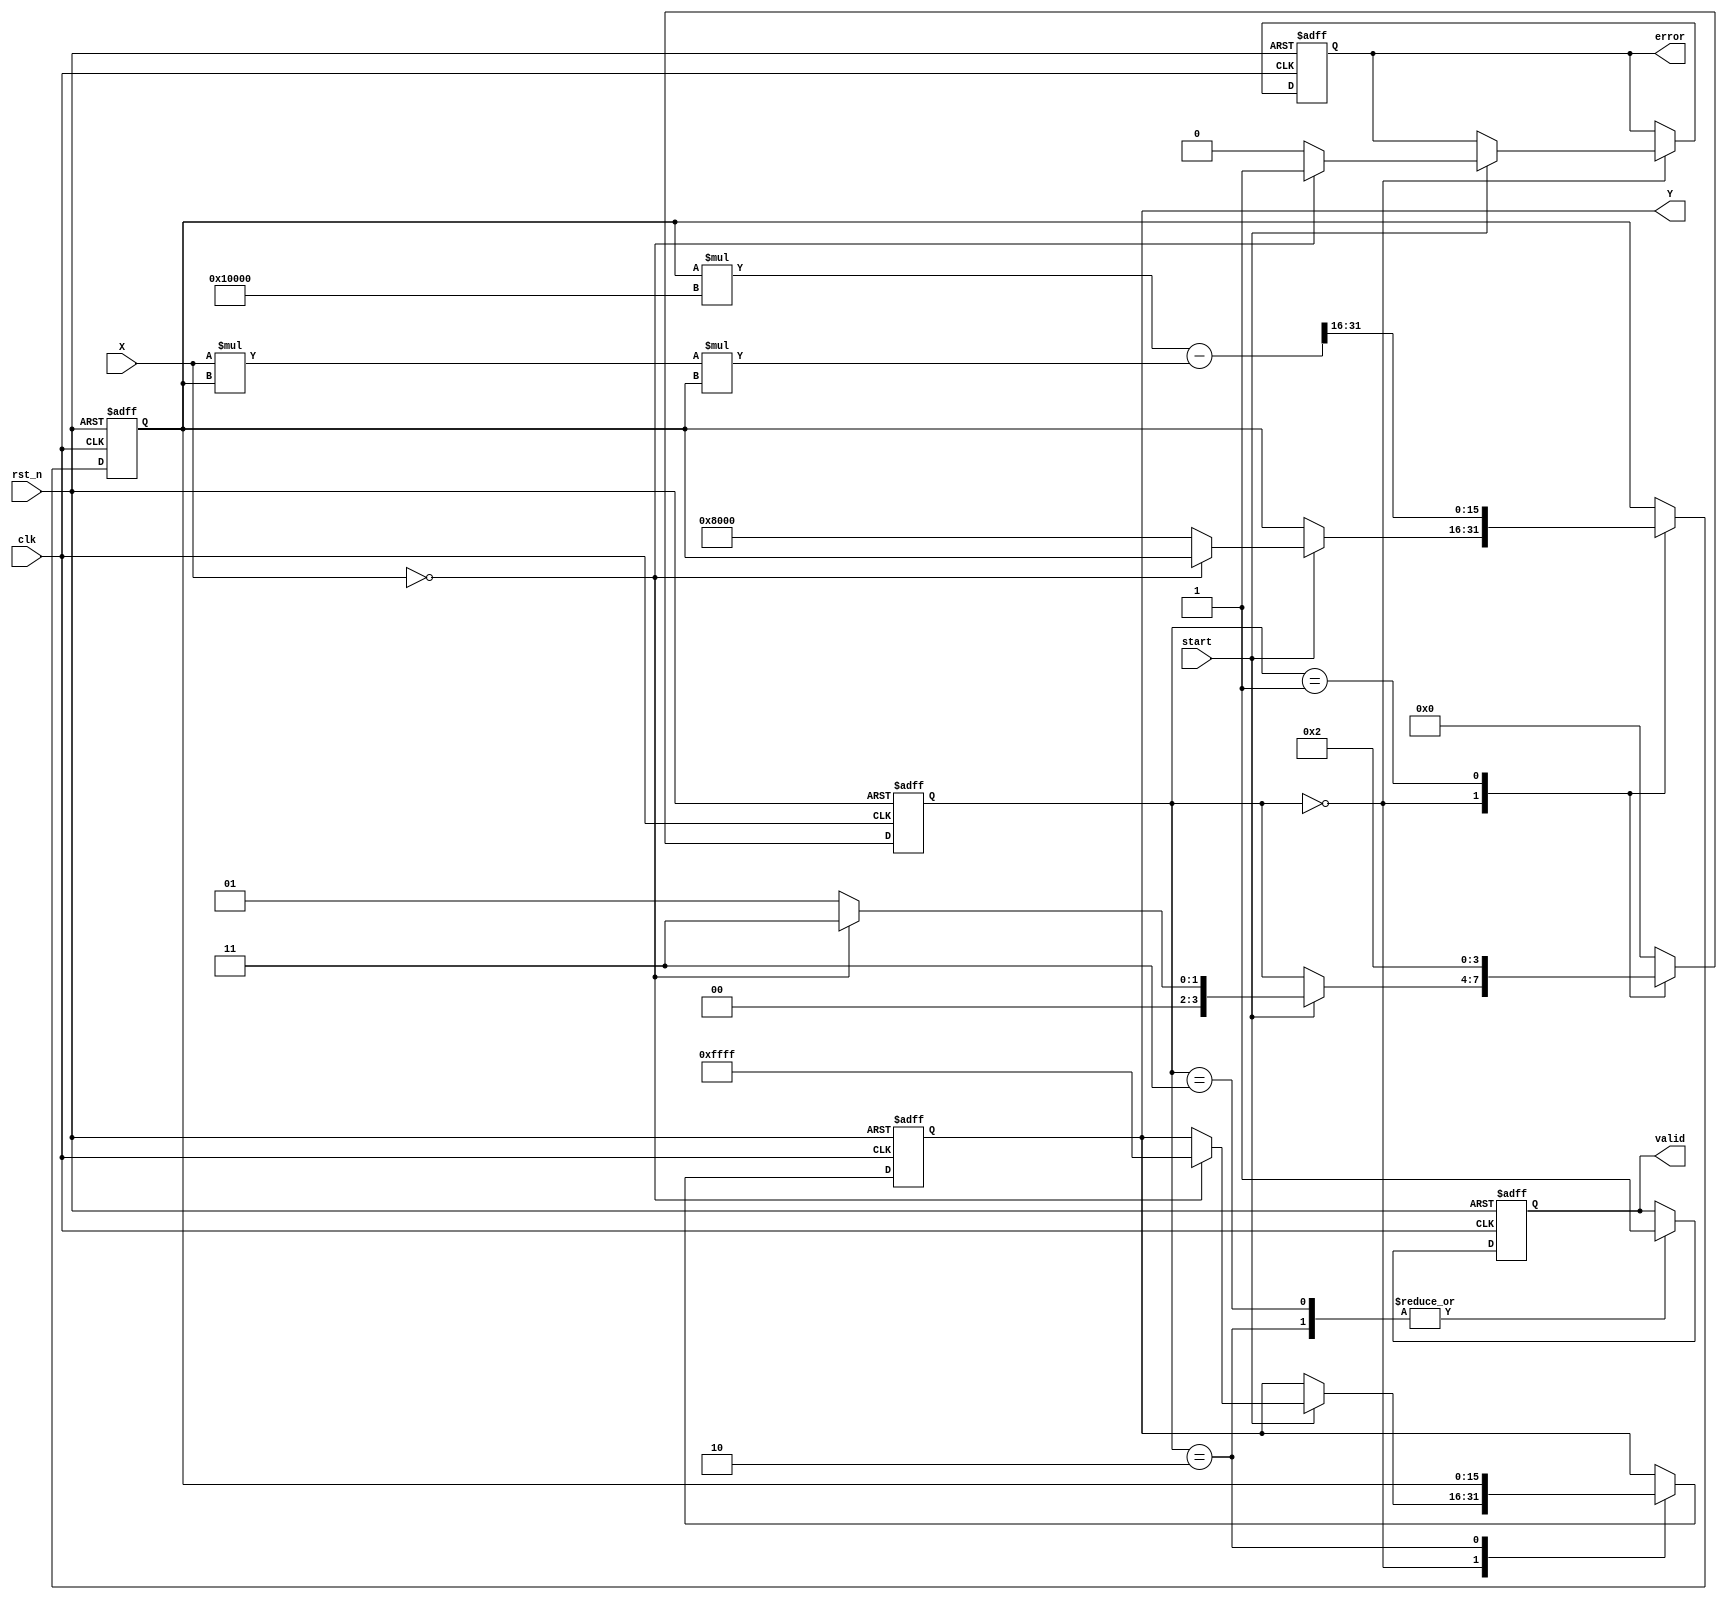
module binary_fractional_reciprocal #(
    parameter WIDTH = 16,              // Width of input and output
    parameter MAX_VALUE = (1 << WIDTH) - 1 // Maximum value for output
)(
    input wire clk,                    // Clock signal
    input wire rst_n,                  // Active low reset
    input wire [WIDTH-1:0] X,          // Input: binary fractional number (0 to 1)
    input wire start,                  // Start signal for computation
    output reg [WIDTH-1:0] Y,          // Output: reciprocal of X
    output reg valid,                  // Output valid signal
    output reg error                   // Error signal for division by zero
);

    reg [WIDTH-1:0] approx;           // Approximation of reciprocal
    reg [2*WIDTH-1:0] temp;           // Temporary variable for calculations
    reg [3:0] state;                   // State variable for FSM
    localparam IDLE = 0,                // FSM states
               COMPUTE = 1,
               OUTPUT = 2,
               ERROR = 3;

    always @(posedge clk or negedge rst_n) begin
        if (!rst_n) begin
            Y <= 0;
            valid <= 0;
            error <= 0;
            approx <= 0;
            state <= IDLE;
        end else begin
            case (state)
                IDLE: begin
                    if (start) begin
                        if (X == 0) begin
                            // Division by zero
                            error <= 1;
                            Y <= MAX_VALUE;  // Output max value on error
                            state <= ERROR;
                        end else begin
                            error <= 0;
                            approx <= {1'b1, {WIDTH-1{1'b0}}}; // Initial approximation (1.0)
                            state <= COMPUTE;
                        end
                    end
                end

                COMPUTE: begin
                    // Newton-Raphson Iteration: Y = Y * (2 - X * Y)
                    temp = (approx * (2**WIDTH)) - (X * approx * approx);
                    approx <= temp[2*WIDTH-1:WIDTH]; // Keep only the upper WIDTH bits
                    state <= OUTPUT; // Move to output state
                end

                OUTPUT: begin
                    Y <= approx; // Set output to final approximation
                    valid <= 1;  // Indicate output is valid
                    state <= IDLE; // Go back to idle state
                end

                ERROR: begin
                    valid <= 1; // Indicate valid output even in error state
                    state <= IDLE; // Go back to idle state
                end

                default: state <= IDLE; // Default to IDLE state
            endcase
        end
    end

endmodule